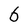
Character: 6